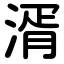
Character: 湑